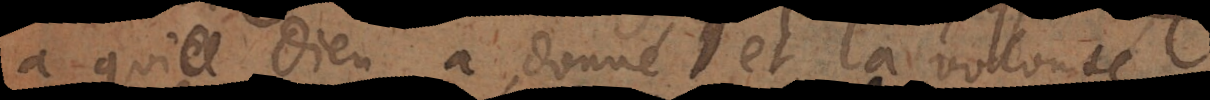
à qui Dieu a donné et la volonté